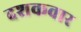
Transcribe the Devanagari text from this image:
दशकवार